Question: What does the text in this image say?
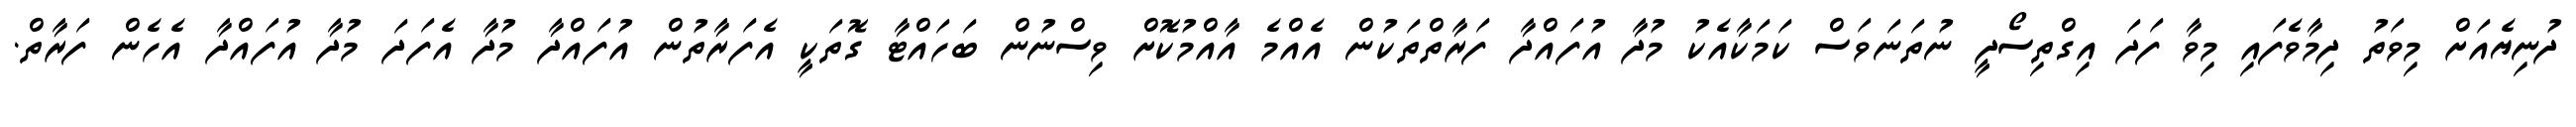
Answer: ދުނިޔެއަށް މިވަތު ދިމާވެފައި މިވާ ފަދަ އިގްތިސޯދީ ނުތަނަވަސް ކަމަކާއެކު މުދާ އުފައްދާ ފަރާތްތަކުން އެއްމެ އާއްމުކޮށް ވިސްނުން ބަހައްޓާ ގޮތަކީ އެފަރާތުން އުފައްދާ މުދާ އެފަދަ މުދާ އުފައްދާ އެހެން ފަރާތް.